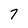
Character: 7